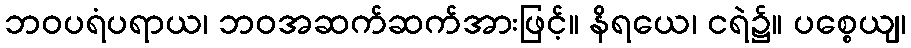
ဘဝပရံပရာယ၊ ဘဝအဆက်ဆက်အားဖြင့်။ နိရယေ၊ ငရဲ၌။ ပစ္စေယျ၊